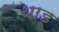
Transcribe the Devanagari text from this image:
थाडू